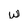
Character: w